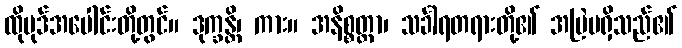
ထိုပုဒ်အပေါင်းတို့တွင်။ ဒုက္ခန္တိ၊ ကား။ အနိစ္စတ္တာ၊ သင်္ခါရတရားတို့၏ အမြဲမရှိသည်၏